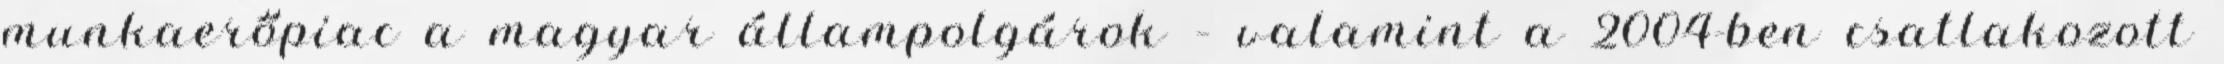
munkaerőpiac a magyar állampolgárok – valamint a 2004-ben csatlakozott